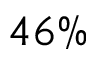
4 6 \%